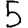
Digit: 5